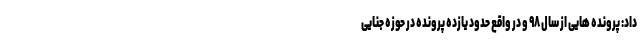
داد: پرونده هایی از سال ۹۸ و در واقع حدود یازده پرونده در حوزه جنایی